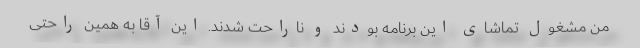
من مشغول تماشای این برنامه بودند و ناراحت شدند. این آقا به همین راحتی